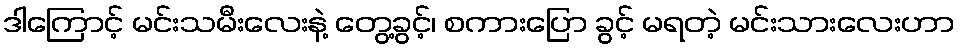
ဒါကြောင့် မင်းသမီးလေးနဲ့ တွေ့ခွင့်၊ စကားပြော ခွင့် မရတဲ့ မင်းသားလေးဟာ